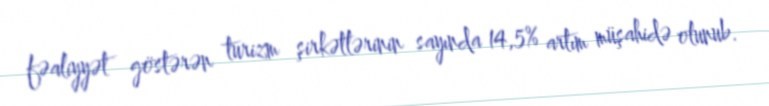
fəaliyyət göstərən turizm şirkətlərinin sayında 14,5% artım müşahidə olunub.